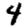
Digit: 4